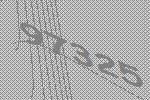
97325